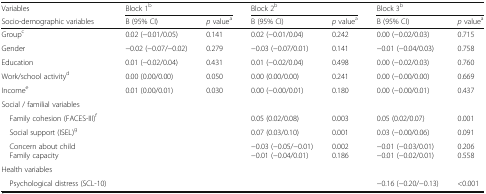
<table><thead><tr><td><b>Variables</b></td><td colspan="2"><b>Block 1<sup>b</sup></b></td><td colspan="2"><b>Block 2<sup>b</sup></b></td><td colspan="2"><b>Block 3<sup>b</sup></b></td></tr><tr><td><b>Socio-demographic variables</b></td><td><b>B (95% CI)</b></td><td><b><i>p</i> value<sup>a</sup></b></td><td><b>B (95% CI)</b></td><td><b><i>p</i> value<sup>a</sup></b></td><td><b>B (95% CI)</b></td><td><b><i>p</i> value<sup>a</sup></b></td></tr></thead><tbody><tr><td>Group<sup>c</sup></td><td>0.02 (−0.01/0.05)</td><td>0.141</td><td>0.02 (−0.01/0.04)</td><td>0.242</td><td>0.00 (−0.02/0.03)</td><td>0.715</td></tr><tr><td>Gender</td><td>−0.02 (−0.07/−0.02)</td><td>0.279</td><td>−0.03 (−0.07/0.01)</td><td>0.141</td><td>−0.01 (−0.04/0.03)</td><td>0.758</td></tr><tr><td>Education</td><td>0.01 (−0.02/0.04)</td><td>0.431</td><td>0.01 (−0.02/0.04)</td><td>0.498</td><td>0.00 (−0.02/0.03)</td><td>0.760</td></tr><tr><td>Work/school activity<sup>d</sup></td><td>0.00 (0.00/0.00)</td><td>0.050</td><td>0.00 (0.00/0.00)</td><td>0.241</td><td>0.00 (−0.00/0.00)</td><td>0.669</td></tr><tr><td>Income<sup>e</sup></td><td>0.01 (0.00/0.01)</td><td>0.030</td><td>0.00 (−0.00/0.01)</td><td>0.180</td><td>0.00 (−0.00/0.01)</td><td>0.437</td></tr><tr><td colspan="7">Social / familial variables</td></tr><tr><td> Family cohesion (FACES-III)<sup>f</sup></td><td></td><td></td><td>0.05 (0.02/0.08)</td><td>0.003</td><td>0.05 (0.02/0.07)</td><td>0.001</td></tr><tr><td> Social support (ISEL)<sup>g</sup></td><td></td><td></td><td>0.07 (0.03/0.10)</td><td>0.001</td><td>0.03 (−0.00/0.06)</td><td>0.091</td></tr><tr><td> Concern about child Family capacity</td><td></td><td></td><td>−0.03 (−0.05/−0.01)−0.01 (−0.04/0.01)</td><td>0.0020.186</td><td>−0.01 (−0.03/0.01)−0.01 (−0.02/0.01)</td><td>0.2060.558</td></tr><tr><td colspan="7">Health variables</td></tr><tr><td> Psychological distress (SCL-10)</td><td></td><td></td><td></td><td></td><td>−0.16 (−0.20/−0.13)</td><td>&lt;0.001</td></tr></tbody></table>